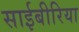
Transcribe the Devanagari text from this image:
साईबीरिया